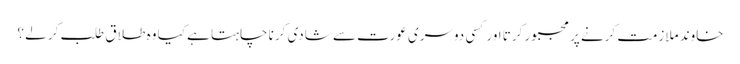
خاوند ملازمت کرنے پر مجبور کرتا اور کسی دوسری عورت سے شادی کرنا چاہتا ہے کیا وہ طلاق طلب کر لے ؟